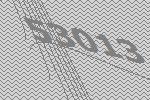
53013